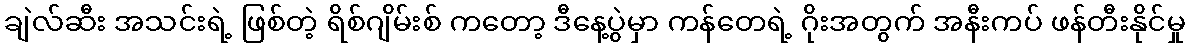
ချဲလ်ဆီး အသင်းရဲ့ ဖြစ်တဲ့ ရိစ်ဂျိမ်းစ် ကတော့ ဒီနေ့ပွဲမှာ ကန်တေရဲ့ ဂိုးအတွက် အနီးကပ် ဖန်တီးနိုင်မှု